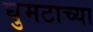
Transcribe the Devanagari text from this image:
घुमटाच्या